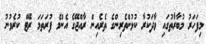
މިފަހަރު މުބާރާތުގައި ވާދަކުރާ ކުޅުންތެރިންގެ ތެރެއިން ރާއްޖޭގެ އެންމެ ފުރަތަމަ ރޭޓް ކުރެވުނު